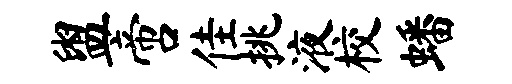
盥啻佳挑液校蟠